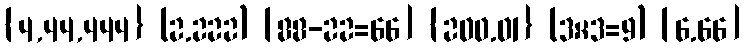
{4,44,444} (2.222) [88-22=66] {200.01} (3×3=9) [6.66]